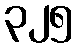
၃၂၅